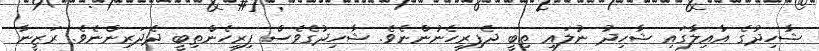
ޝާހިދުގެ އާއިލާގައި ޝާހިދު ނުލައި ތިބީ ދެފިރިހެނުންނެވެ. ޝާހިދުގެވެސް ފިރިހެންތިބީ ދެދަރިންނެވެ. ރަޒީނާ